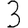
Digit: 3